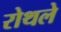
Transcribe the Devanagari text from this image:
रोथले